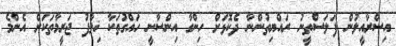
އިސްރާއީލުން ފަލަސްތީނު ރައްޔިތުންނާ ދެކޮޅަށް ހިންގާ އިންސާނީ ހައްގުތަކާ ޚިލާފު ޖަރީމާތަކަށް އެންމެ